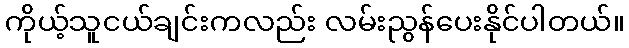
ကိုယ့်သူငယ်ချင်းကလည်း လမ်းညွန်ပေးနိုင်ပါတယ်။